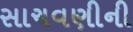
સાચવણીની